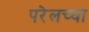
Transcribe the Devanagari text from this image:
परेलच्या